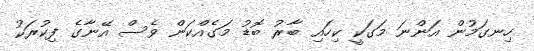
ހިނގަމުން އަންނަ މަގަކީ ކިހައި ބާރު ބޮޑު މަގެއްކަން ވެސް އޭނާގެ ފިކުރަކު